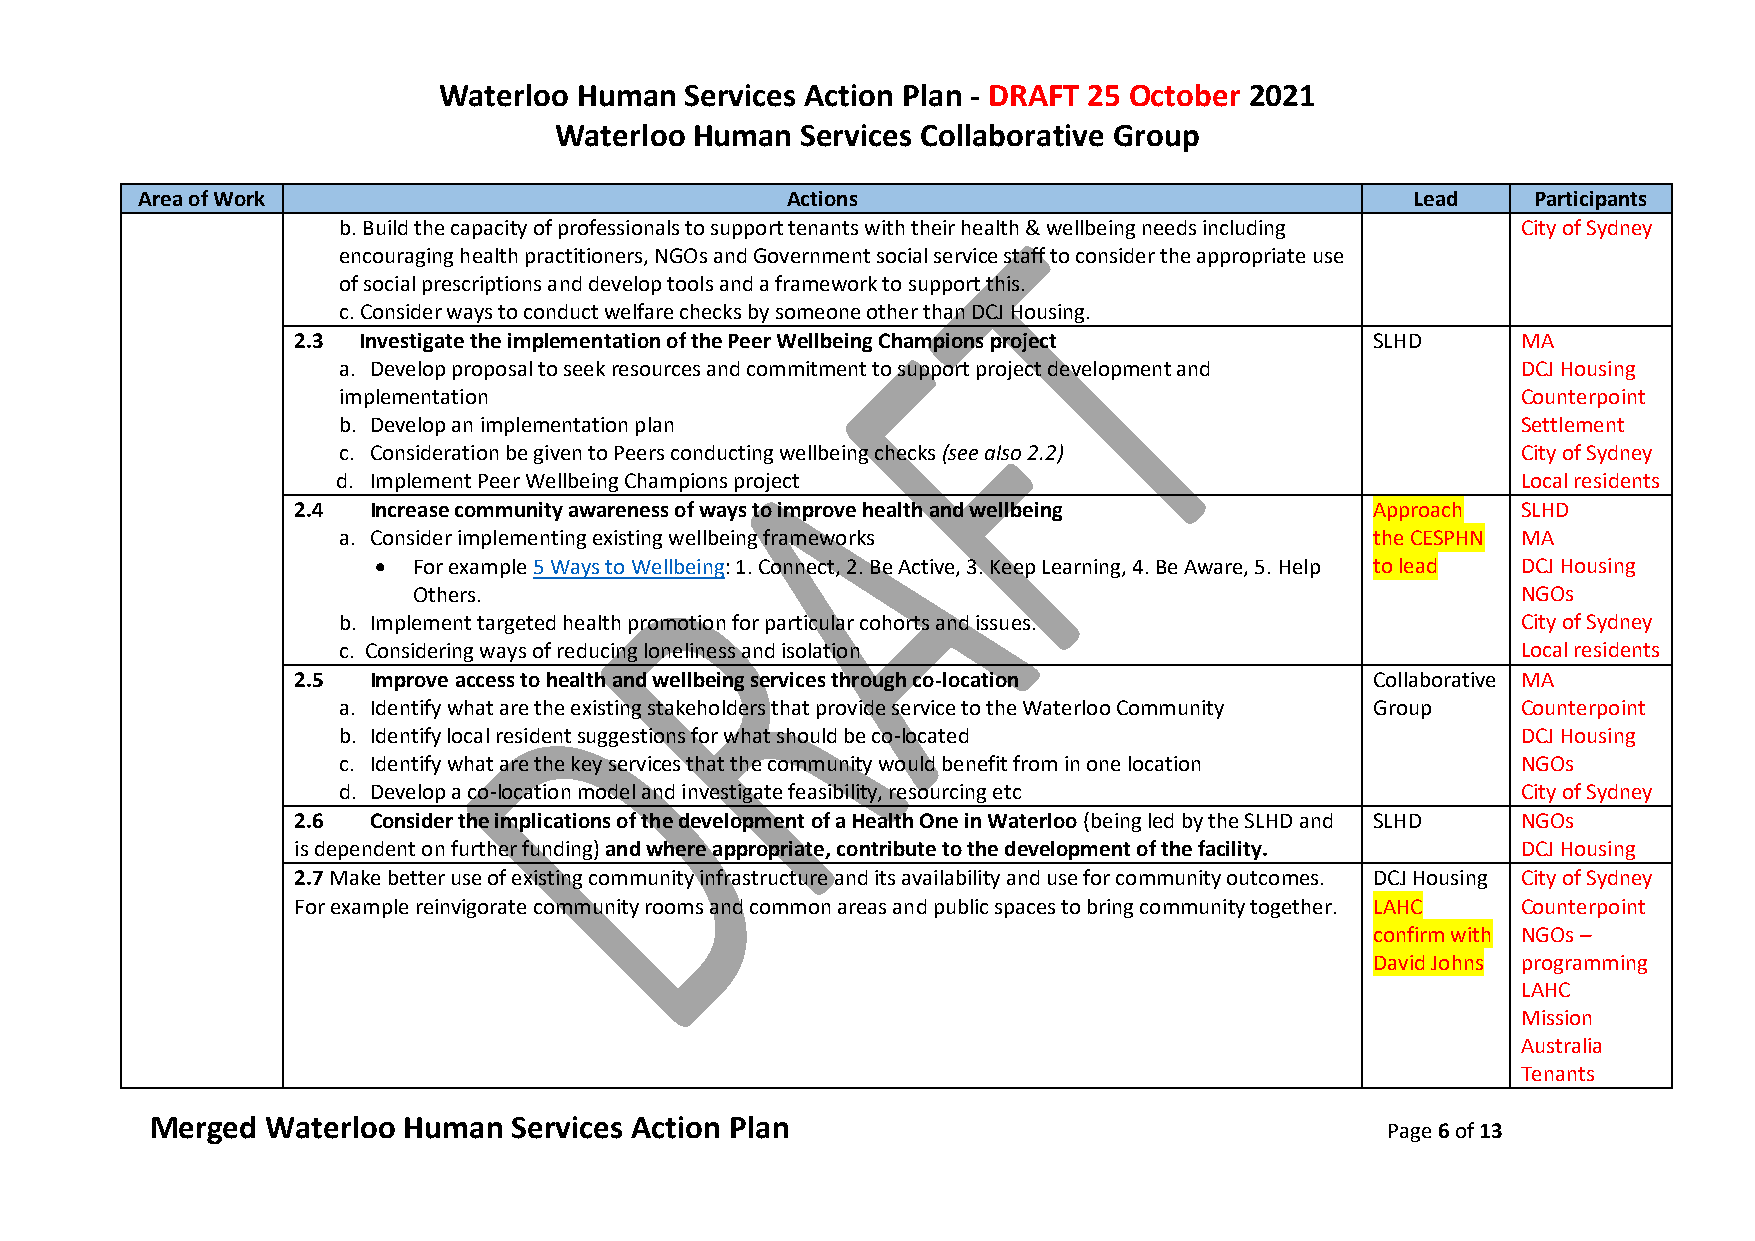
Waterloo Human  Services Action Plan - DRAFT 25 October 2021
 Waterloo Human  Services Collaborative Group
 Area of Work                               Actions                                   Lead   Participants
 b. Build the capacity of professionals to support tenants with their health & wellbeing needs including City of Sydney
 encouraging health practitioners, NGOs and Government social service staff to consider the appropriate use
 of social prescriptions and develop tools and a framework to support this.
 c. Consider ways to conduct welfare checks by someone other than DCJ Housing.
 2.3  Investigate the implementation of the Peer Wellbeing Champions project SLHD  MA
 a. Develop proposal to seek resources and commitment to support project development and DCJ Housing
 implementation                                                                 Counterpoint
 b. Develop an implementation plan                                              Settlement
 c. Consideration be given to Peers conducting wellbeing checks (see also 2.2)  City of Sydney
 d. Implement Peer Wellbeing Champions project                                  Local residents
 2.4  Increase community awareness of ways to improve health and wellbeing Approach SLHD
 a. Consider implementing existing wellbeing frameworks               the CESPHN MA
  For example 5 Ways to Wellbeing: 1. Connect, 2. Be Active, 3. Keep Learning, 4. Be Aware, 5. Help to lead DCJ Housing
 Others.                                                                   NGOs
 b. Implement targeted health promotion for particular cohorts and issues.      City of Sydney
 c. Considering ways of reducing loneliness and isolation                       Local residents
 2.5  Improve access to health and wellbeing services through co-location Collaborative MA
 a. Identify what are the existing stakeholders that provide service to the Waterloo Community Group Counterpoint
 b. Identify local resident suggestions for what should be co-located           DCJ Housing
 c. Identify what are the key services that the community would benefit from in one location NGOs
 d. Develop a co-location model and investigate feasibility, resourcing etc     City of Sydney
 2.6  Consider the implications of the development of a Health One in Waterloo (being led by the SLHD and SLHD NGOs
 is dependent on further funding) and where appropriate, contribute to the development of the facility. DCJ Housing
 2.7 Make better use of existing community infrastructure and its availability and use for community outcomes. DCJ Housing City of Sydney
 For example reinvigorate community rooms and common areas and public spaces to bring community together. LAHC Counterpoint
 confirm with NGOs –
 David Johns programming
 LAHC
 Mission
 Australia
 Tenants
 Merged  Waterloo Human  Services Action Plan
 Page 6 of 13